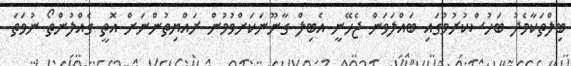
ބިލްތަކާމެދު ބަހުސްކުރުމުގައި ބައްލަވަން ޖެހޭނީ އެބިލް ގާނޫނަކަށްވުމުން ރައްޔިތުންނަށް އޮތީ ގެއްލުންތޯ ނުވަތަ